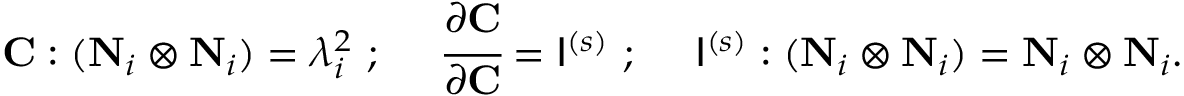
\mathbf { C } : ( \mathbf { N } _ { i } \otimes \mathbf { N } _ { i } ) = \lambda _ { i } ^ { 2 } ~ ; ~ ~ ~ ~ { \cfrac { \partial \mathbf { C } } { \partial \mathbf { C } } } = { \mathsf { I } } ^ { ( s ) } ~ ; ~ ~ ~ ~ { \mathsf { I } } ^ { ( s ) } : ( \mathbf { N } _ { i } \otimes \mathbf { N } _ { i } ) = \mathbf { N } _ { i } \otimes \mathbf { N } _ { i } .